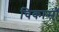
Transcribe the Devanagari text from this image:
चिकासॉ